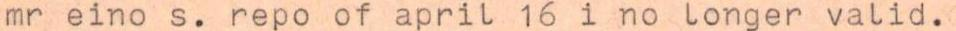
mr eino s. repo of april 16 i no longer valid.